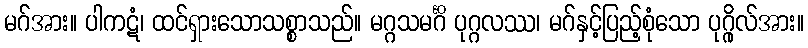
မဂ်အား။ ပါကဋံ၊ ထင်ရှားသောသစ္စာသည်။ မဂ္ဂသမင်္ဂိ ပုဂ္ဂလဿ၊ မဂ်နှင့်ပြည့်စုံသော ပုဂ္ဂိုလ်အား။